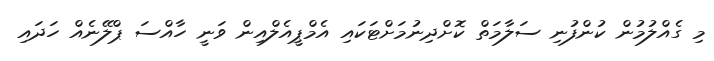
މި ގެއްލުމުން ކުންފުނި ސަލާމަތް ކޮށްދިނުމަށްޓަކައި އެމްޕީއެލްއިން ވަނީ ހާއްސަ ޕްލޭނެއް ހަދައި